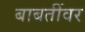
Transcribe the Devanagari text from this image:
बाबतींवर